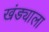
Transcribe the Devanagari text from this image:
खंड्याला